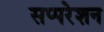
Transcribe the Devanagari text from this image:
सप्परेशन